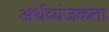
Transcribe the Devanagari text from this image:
अर्थव्यंजकता